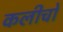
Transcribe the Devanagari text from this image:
कलीचो